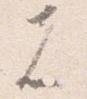
者